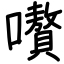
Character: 嚽